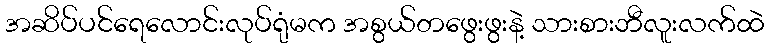
အဆိပ်ပင်ရေလောင်းလုပ်ရုံမက အစွယ်တဖွေးဖွးနဲ့ သားစားဘီလူးလက်ထဲ